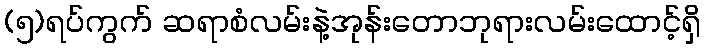
(၅)ရပ်ကွက် ဆရာစံလမ်းနဲ့အုန်းတောဘုရားလမ်းထောင့်ရှိ